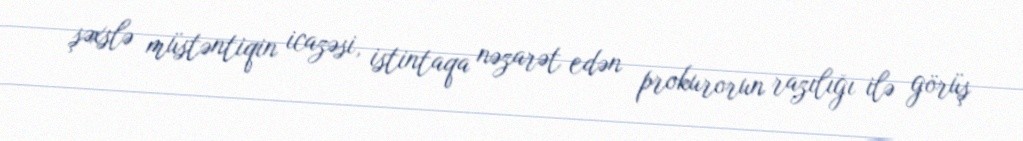
şəxslə müstəntiqin icazəsi, istintaqa nəzarət edən prokurorun razılığı ilə görüş